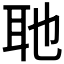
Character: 𮋭